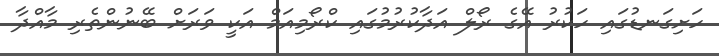
ހަށިގަނޑުގައި ހަކުރު އޭގެ ރޯލް އަދާކުރުމުގައި ކްރޯމިއަމް އަކީ ވަރަށް ބޭނުންތެރި މާއްދާ